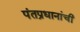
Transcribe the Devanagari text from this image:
पंतप्रधानांची